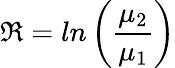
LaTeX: \mathfrak{R}=ln\left(\frac{\mu_{2}}{\mu_{1}}\right)